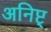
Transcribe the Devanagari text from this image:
अनिष्ट्